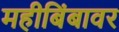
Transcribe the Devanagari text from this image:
महीबिंबावर